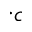
. _ { c }